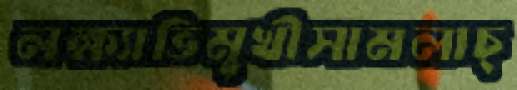
লক্ষ্যাভিমুখীসামলাচ্